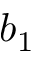
b _ { 1 }